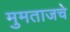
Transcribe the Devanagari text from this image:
मुमताजचे